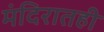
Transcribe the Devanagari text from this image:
मंदिरातही